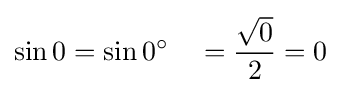
\sin 0=\sin 0^{\circ }\quad ={\frac {\sqrt {0}}{2}}=0